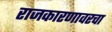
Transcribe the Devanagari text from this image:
राजकारणावरचा